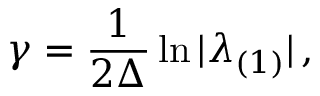
\gamma = \frac { 1 } { 2 \Delta } \ln | \lambda _ { ( 1 ) } | \, ,